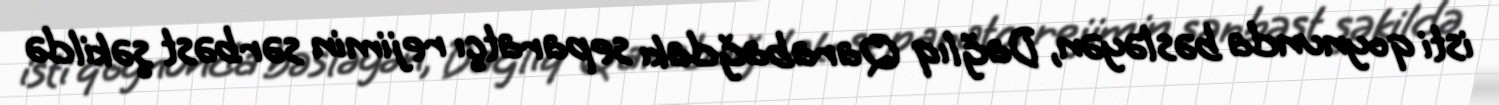
isti qoynunda bəsləyən, Dağlıq Qarabağdakı separatçı rejimin sərbəst şəkildə